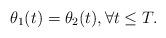
LaTeX: \begin{align*}\theta_1(t) = \theta_2(t), \forall t \leq T.\end{align*}